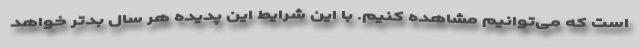
است که می‌توانیم مشاهده کنیم. با این شرایط این پدیده هر سال بدتر خواهد